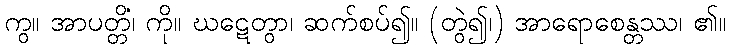
ကွ။ အာပတ္တိံ၊ ကို။ ဃဋေတွာ၊ ဆက်စပ်၍။ (တွဲ၍၊) အာရောစေန္တဿ၊ ၏။